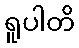
ရူပါတိ